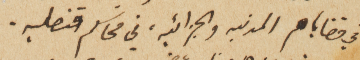
في قضاياهم المدنيه والجزائيه،  في محاكم قنصليه.